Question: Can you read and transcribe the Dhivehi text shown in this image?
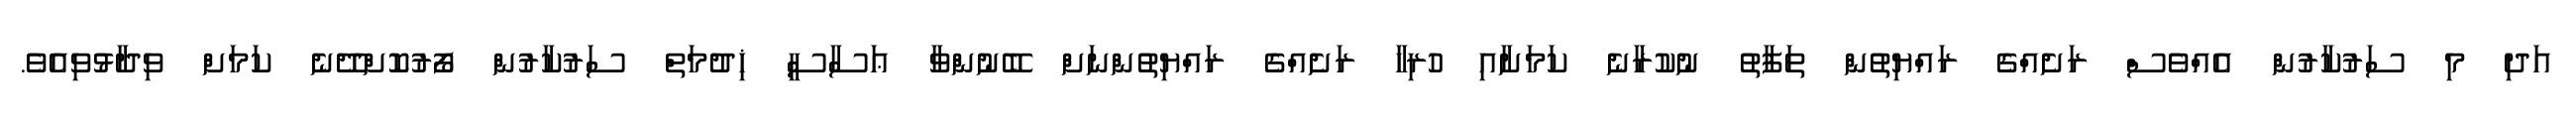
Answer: އަދި މި ސަރުކާރުން އެއްވެސް ރަށެއްގެ ރައްޔިތުން ތަފާތު ނުކުރާނެ ކަމަށާއި ހުރިހާ ރަށެއްގެ ރައްޔިތުންނަށް ބޭނުންވާ ޢަސާސީ ޚިދުމަތް ސަރުކާރުން ފޯރުކޮށްދޭނެ ކަމަށް ވިދާޅުވިއެވެ.